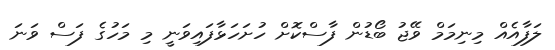
ލަފާއެއް މިނިމަމް ވޭޖު ބޯޑުން ފާސްކޮށް ހުށަހަޅާފައިވަނީ މި މަހުގެ ފަސް ވަނަ